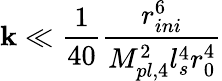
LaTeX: \mathbf{k}\ll\frac{{1}}{{40}}\frac{{r_{ini}^{6}}}{{M_{pl,4}^{2}l_{s}^{4}r_{0}^{4}}}